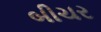
બીચર